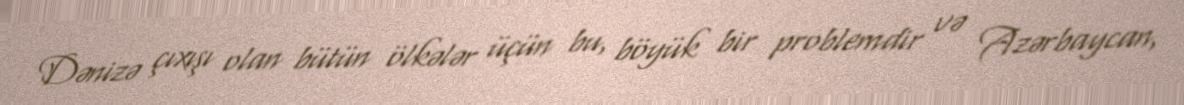
Dənizə çıxışı olan bütün ölkələr üçün bu, böyük bir problemdir və Azərbaycan,